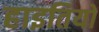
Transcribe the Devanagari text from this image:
हाइतियों